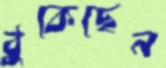
ঠুকেছেন